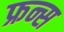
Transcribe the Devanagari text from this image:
फ्रन्स